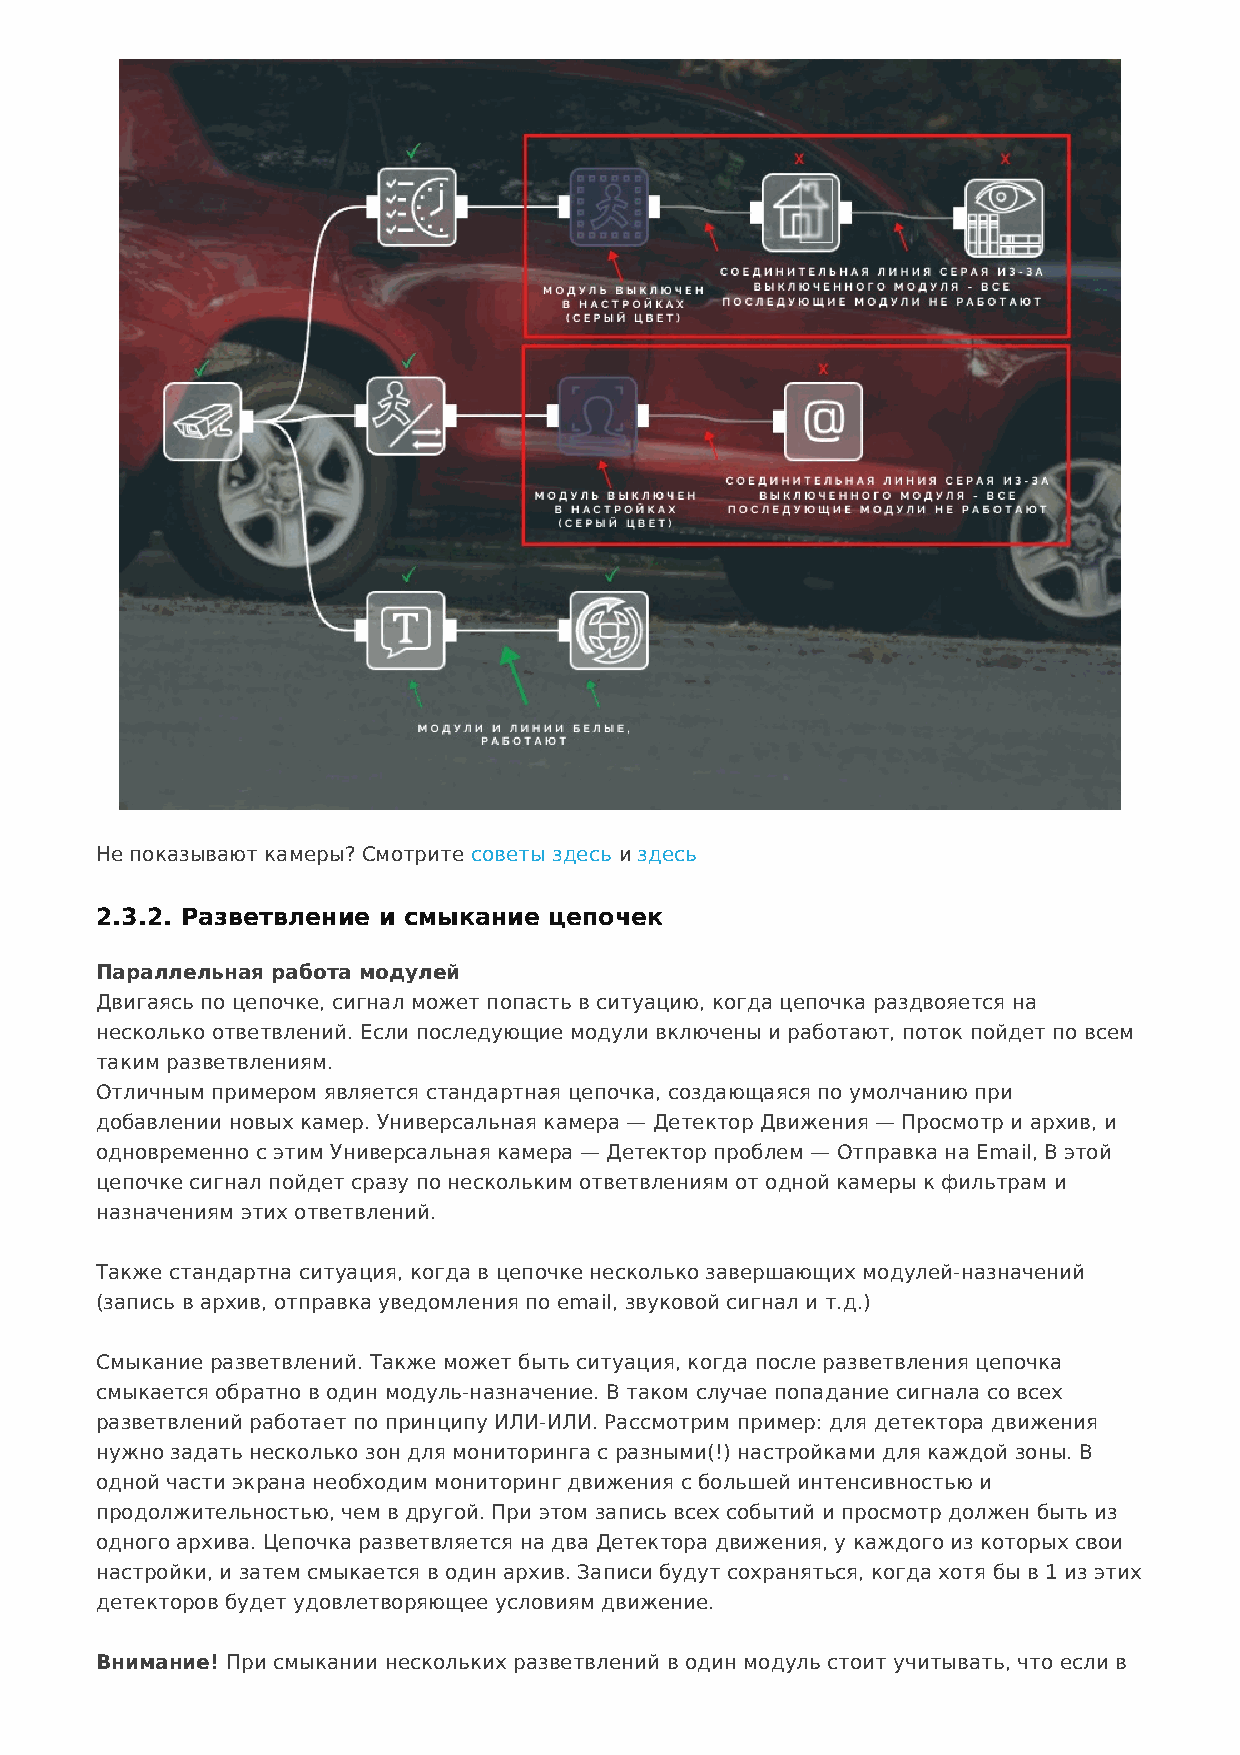
Не показывают камеры? Смотрите советы здесь и здесь
 2.3.2. Разветвление и смыкание цепочек
 Параллельная работа модулей
 Двигаясь по цепочке, сигнал может попасть в ситуацию, когда цепочка раздвояется на
 несколько ответвлений. Если последующие модули включены и работают, поток пойдет по всем
 таким разветвлениям.
 Отличным примером является стандартная цепочка, создающаяся по умолчанию при
 добавлении новых камер. Универсальная камера — Детектор Движения — Просмотр и архив, и
 одновременно с этим Универсальная камера — Детектор проблем — Отправка на Email, В этой
 цепочке сигнал пойдет сразу по нескольким ответвлениям от одной камеры к фильтрам и
 назначениям этих ответвлений.
 Также стандартна ситуация, когда в цепочке несколько завершающих модулей-назначений
 (запись в архив, отправка уведомления по email, звуковой сигнал и т.д.)
 Смыкание разветвлений. Также может быть ситуация, когда после разветвления цепочка
 смыкается обратно в один модуль-назначение. В таком случае попадание сигнала со всех
 разветвлений работает по принципу ИЛИ-ИЛИ. Рассмотрим пример: для детектора движения
 нужно задать несколько зон для мониторинга с разными(!) настройками для каждой зоны. В
 одной части экрана необходим мониторинг движения с большей интенсивностью и
 продолжительностью, чем в другой. При этом запись всех событий и просмотр должен быть из
 одного архива. Цепочка разветвляется на два Детектора движения, у каждого из которых свои
 настройки, и затем смыкается в один архив. Записи будут сохраняться, когда хотя бы в 1 из этих
 детекторов будет удовлетворяющее условиям движение.
 Внимание! При смыкании нескольких разветвлений в один модуль стоит учитывать, что если в